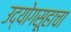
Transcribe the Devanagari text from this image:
उद्योगसूहाचा